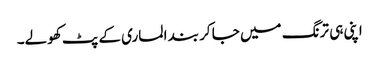
اپنی ہی ترنگ میں جا کر بند الماری کے پٹ کھولے۔